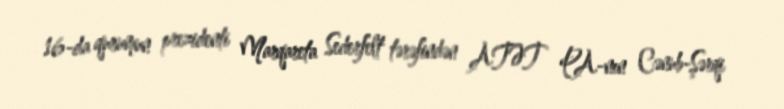
16-da qurumun prezidenti Marqareta Sederfelt tərəfindən ATƏT PA-nın Cənub-Şərqi